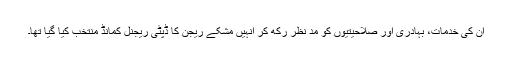
ان کی خدمات، بہادری اور صلاحیتیوں کو مد نظر رکھ کر انہیں مشکے ریجن کا ڈپٹی ریجنل کمانڈ منتخب کیا گیا تھا۔